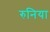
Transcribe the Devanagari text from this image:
रुनिया